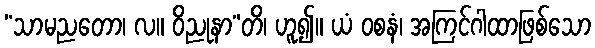
“သာမညတော၊ လ။ ဝိညုနာ”တိ၊ ဟူ၍။ ယံ ဝစနံ၊ အကြင်ဂါထာဖြစ်သော